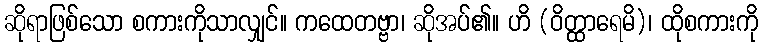
ဆိုရာဖြစ်သော စကားကိုသာလျှင်။ ကထေတဗ္ဗာ၊ ဆိုအပ်၏။ ဟိ (ဝိတ္ထာရေမိ)၊ ထိုစကားကို